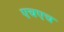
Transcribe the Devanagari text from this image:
एचएच